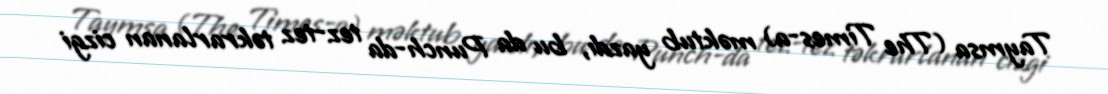
Taymsa (The Times-a) məktub yazdı, bu da Punch-da tez-tez təkrarlanan cizgi